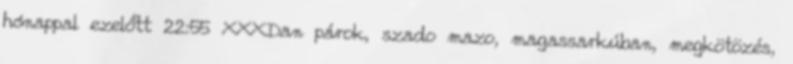
hónappal ezelőtt 22:55 XXXDan párok, szado mazo, magassarkúban, megkötözés,